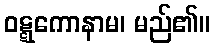
ဝဋ္ဋကောနာမ၊ မည်၏။